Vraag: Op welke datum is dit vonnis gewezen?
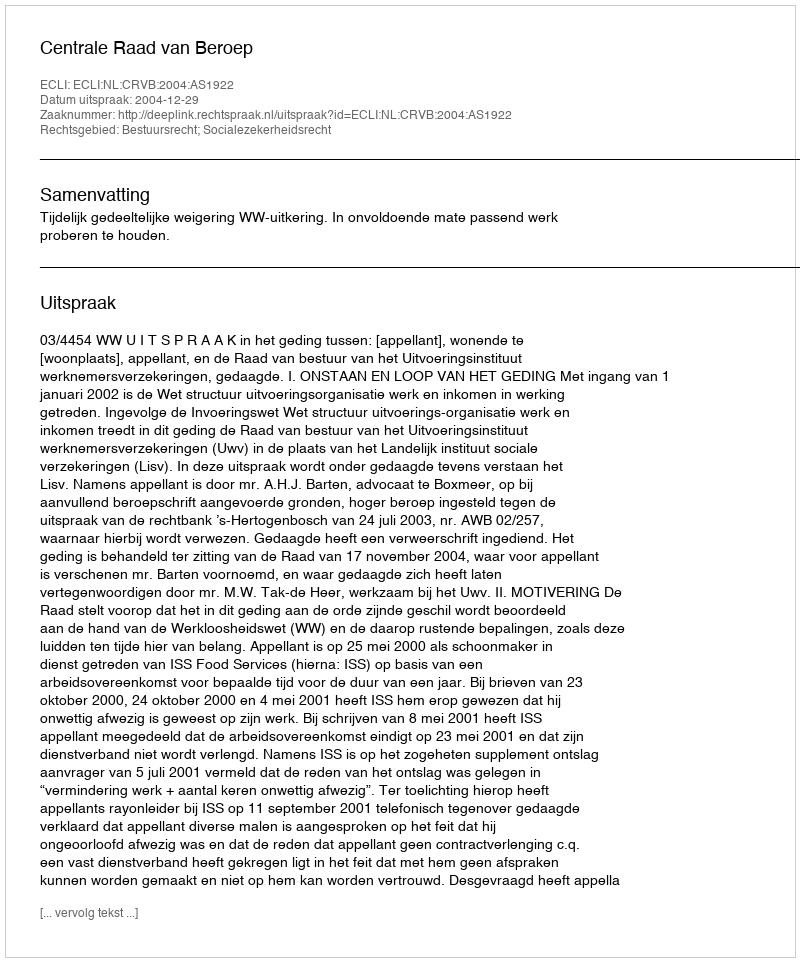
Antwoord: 2004-12-29